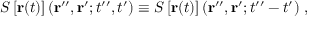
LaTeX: S \left[ { \bf r } ( t ) \right] ( { \bf r } ^ { \prime \prime } , { \bf r } ^ { \prime } ; t ^ { \prime \prime } , t ^ { \prime } ) \equiv S \left[ { \bf r } ( t ) \right] ( { \bf r } ^ { \prime \prime } , { \bf r } ^ { \prime } ; t ^ { \prime \prime } - t ^ { \prime } ) \; ,